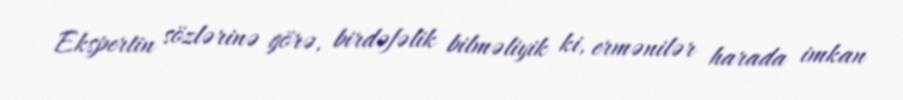
Ekspertin sözlərinə görə, birdəfəlik bilməliyik ki, ermənilər harada imkan